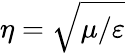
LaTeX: \eta=\sqrt{\mu/\varepsilon}